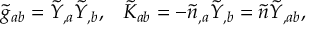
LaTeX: \tilde { g } _ { a b } = \tilde { Y } _ { , a } \tilde { Y } _ { , b } , \; \; \; \tilde { K } _ { a b } = - \tilde { n } _ { , a } \tilde { Y } _ { , b } = \tilde { n } \tilde { Y } _ { , a b } ,